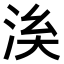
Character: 𣴌